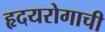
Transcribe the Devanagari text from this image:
हृदयरोगाची